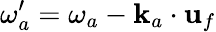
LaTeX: \omega_{a}^{\prime}=\omega_{a}-\mathbf{k}_{a}\cdot\mathbf{u}_{f}